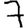
Digit: 7